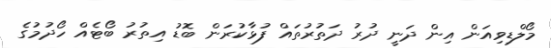
މޯލްޑިވިއަން އިން ދަނީ ދުރު ދަތުރުތައް ފުޅާކުރަން ބޮޑު އިތުރު ބޯޓެއް ހޯދުމުގެ